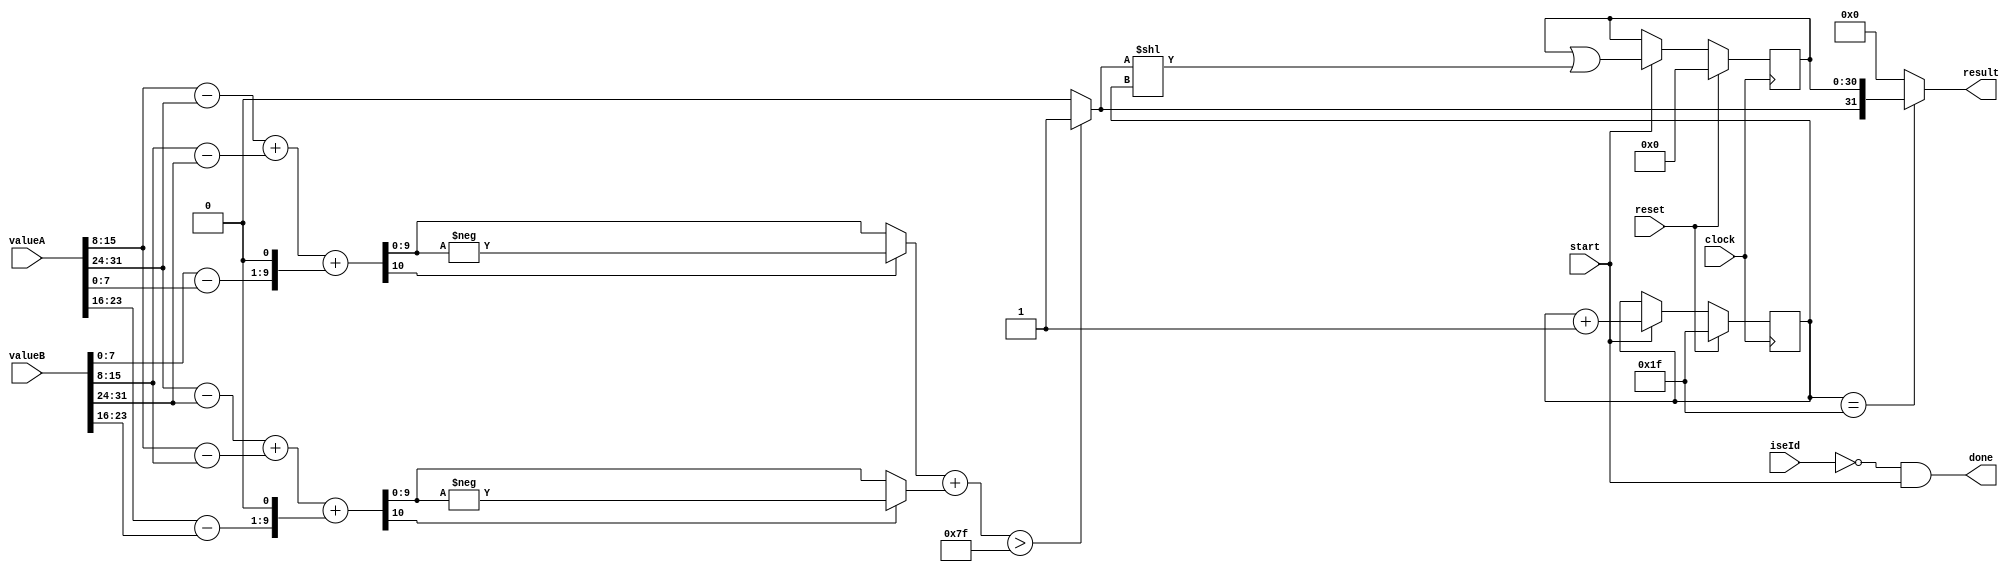
module sobelCi #(
    parameter [7:0] computeId = 8'd0,
    parameter [7:0] computeReturnId = 8'd0,
    parameter [7:0] threshold = 8'd127 // threshold for binarization
) (
    input  wire        start,
                       clock,
                       reset,
    input  wire [31:0] valueA,
    input  wire [31:0] valueB,
    input  wire [ 7:0] iseId,
    output wire        done,
    output wire [31:0] result
);
    wire isComputeInstr = iseId == computeId;
    wire isComputeReturnInstr = iseId == computeReturnId;
    /* ----------------------------------------------
     * |    top left |    top middle |    top right |
     * ----------------------------------------------
     * | middle left |               | middle right |
     * ----------------------------------------------
     * | bottom left | bottom middle | bottom right |
     * ----------------------------------------------
     */    
    wire [7:0] topLeft   = valueA[31:24];
    wire [7:0] topMiddle = valueA[23:16];
    wire [7:0] topRight  = valueA[15: 8];

    wire [7:0] middleLeft  = valueA[7:0];
    wire [7:0] middleRight = valueB[7:0];

    wire [7:0] bottomLeft   = valueB[31:24];
    wire [7:0] bottomMiddle = valueB[23:16];
    wire [7:0] bottomRight  = valueB[15: 8];
    /* Sobel kernels
     * dX             dY
     * -------------- ----------------
     * | -1 | 0 | 1 | |  1 |  2 |  1 |
     * -------------- ----------------
     * | -2 | 0 | 2 | |  0 |  0 |  0 |
     * -------------- ----------------
     * | -1 | 0 | 1 | | -1 | -2 | -1 |
     * -------------- ----------------
     */
    // TODO: signed substraction
    wire signed [ 8:0] topX    = topRight    - topLeft,
                       middleX = middleRight - middleLeft,
                       bottomX = bottomRight - bottomLeft;
    wire signed [ 9:0] tmpX = topX + bottomX,
                       middleX2 = {middleX, 1'b0};
    wire signed [10:0] sobelX = tmpX + middleX2;

    wire signed [ 8:0] leftY   = topLeft   - bottomLeft,
                       middleY = topMiddle - bottomMiddle,
                       rightY  = topRight  - bottomRight;
    wire signed [ 9:0] tmpY = leftY + rightY,
                       middleY2 = {middleY, 1'b0};
    wire signed [10:0] sobelY = tmpY + middleY2;

    wire [ 9:0] absSobelX = (sobelX[10] == 1'b0) ? sobelX : -sobelX;
    wire [ 9:0] absSobelY = (sobelY[10] == 1'b0) ? sobelY : -sobelY;
    wire [10:0] sumSobel = absSobelX + absSobelY;
    wire        binarySobel = (sumSobel > threshold) ? 1'b1 : 1'b0;
     
    reg [ 4:0] count;
    reg [30:0] resultReg; // first 31 pixels
    
    always @ (posedge clock) begin
        if (reset) begin
            resultReg <= 31'd0;
            count <= 5'd31;
        end
        else if (start) begin
            resultReg <= resultReg | (binarySobel << count);
            count <= count + 1; // start from 0
        end
    end

    assign done = (isComputeInstr || isComputeReturnInstr) && start;
    assign result = count == 5'd31 ? {binarySobel, resultReg}
                                   : 32'd0;
endmodule